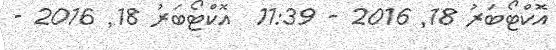
އޮކްޓޯބަރު 18